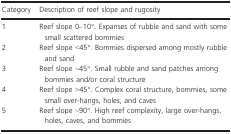
<table><thead><tr><td><b>Category</b></td><td><b>Description of reef slope and rugosity</b></td></tr></thead><tbody><tr><td>1</td><td>Reef slope 0–10°. Expanses of rubble and sand with some small scattered bommies</td></tr><tr><td>2</td><td>Reef slope &lt;45°. Bommies dispersed among mostly rubble and sand</td></tr><tr><td>3</td><td>Reef slopẽ45°. Small rubble and sand patches among bommies and/or coral structure</td></tr><tr><td>4</td><td>Reef slope &gt;45°. Complex coral structure, bommies, some small over-hangs, holes, and caves</td></tr><tr><td>5</td><td>Reef slopẽ90°. High reef complexity, large over-hangs, holes, caves, and bommies</td></tr></tbody></table>